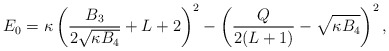
\begin{align*} E_0 = \kappa \left(\frac{B_3}{2 \sqrt{\kappa B_4}} + L +2\right)^2 - \left(\frac{Q}{2(L+1)} - \sqrt{\kappa B_4}\right)^2, \end{align*}